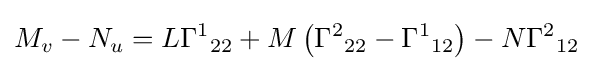
M_{v}-N_{u}=L\Gamma ^{1}{}_{22}+M\left({\Gamma ^{2}}_{22}-{\Gamma ^{1}}_{12}\right)-N{\Gamma ^{2}}_{12}